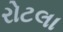
રોટલા